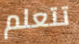
تتعلم